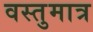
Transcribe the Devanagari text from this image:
वस्तुमात्र